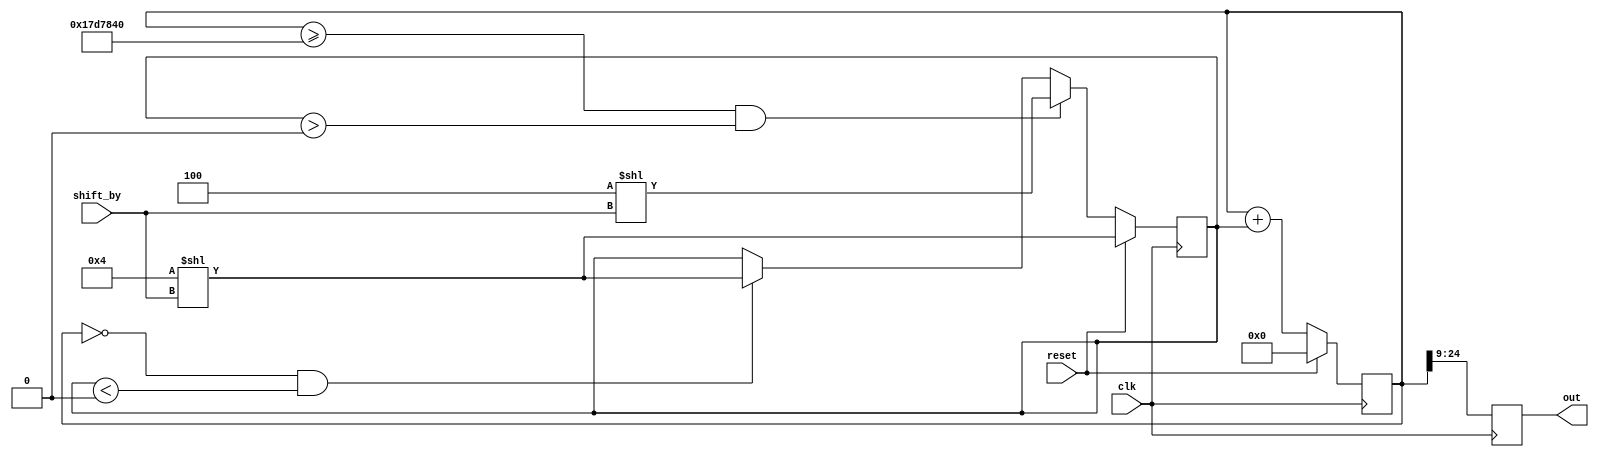
module triangle(input wire clk, input wire reset, input wire [3:0] shift_by, output reg [15:0] out);

reg [25:0] ctr;
reg [25:0] dir;

always @(posedge clk)
begin
    if (reset)
    begin
        ctr <= 0;
        dir <= 4 << shift_by;
    end
    else
    begin
        if (ctr >= 25000000 && dir > 0)
            dir <= (-4) << shift_by;
        else if (ctr == 0 && dir < 0)
            dir <= 4 << shift_by;

        ctr <= ctr + dir;
    end

    out <= ctr[24:9];
end

endmodule